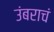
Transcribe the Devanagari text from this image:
उंबराचं